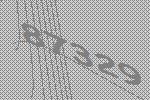
87329